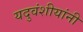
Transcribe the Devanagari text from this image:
यदुवंशीयांनी